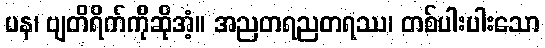
ပန၊ ဗျတိရိက်ကိုဆိုအံ့။ အညတရညတရဿ၊ တစ်ပါးပါးသော